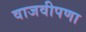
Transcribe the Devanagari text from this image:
वाजवीपणा